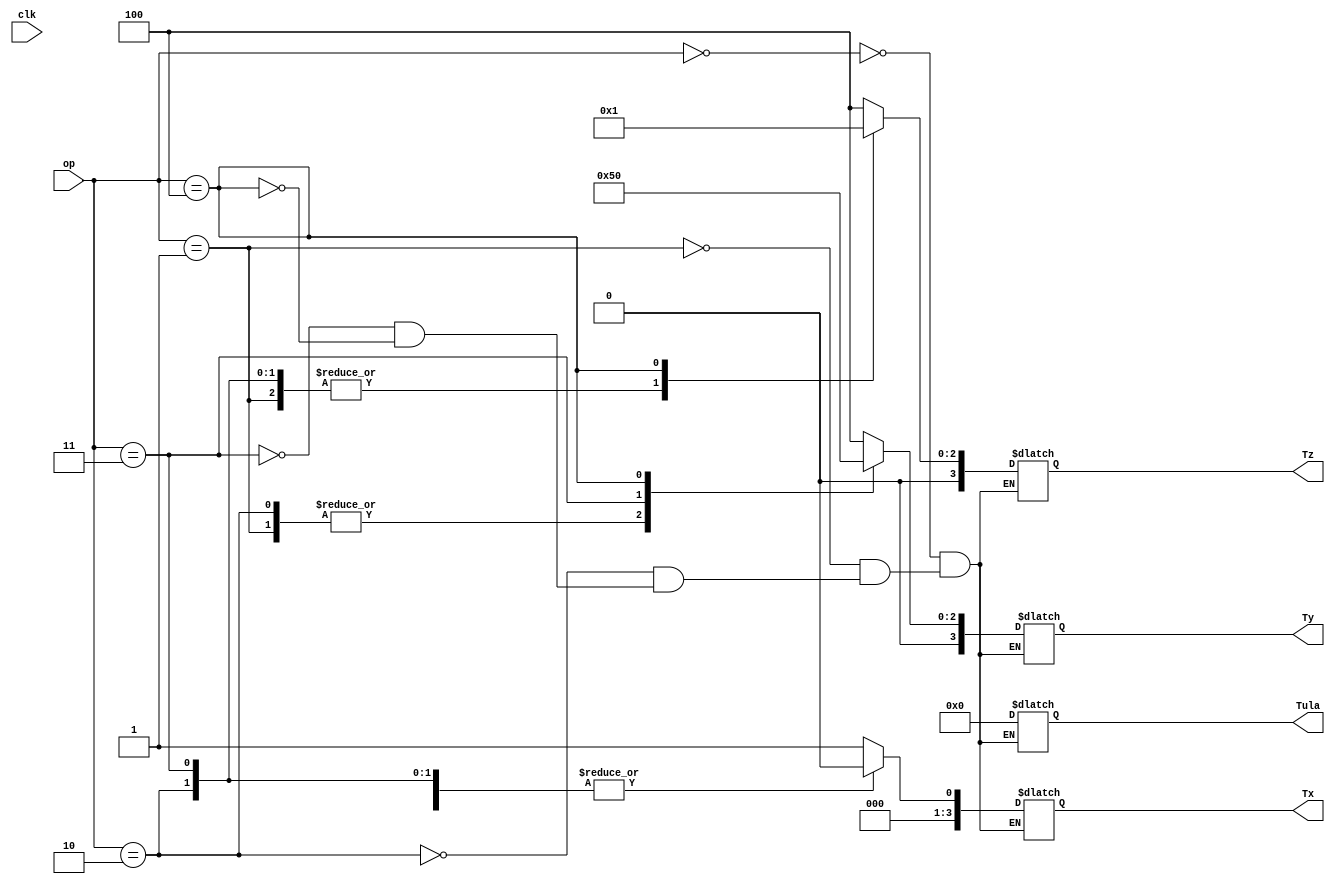
module scheduler(op, clk, Tx, Ty, Tz, Tula);

	input wire [3:0] op;
	input wire clk;
	output reg [3:0]Tx;
	output reg [3:0]Ty;
	output reg [3:0]Tz;
	output reg [3:0]Tula;

	parameter
    
	mCLEARLD = 4'b0000,
	mADDLD = 4'b0001,
	mADD = 4'b0010,
	mSHTR = 4'b0011,
	mDISP = 4'b0100,
	//registrador
	rHOLD = 4'b0000,
	rLOAD = 4'b0001,
	rSHIFTR = 4'b0010,
	rSHIFTL = 4'b0011,
	rCLEAR = 4'b0100,
	//Tula
   	uADD = 4'b0000;



	always begin 
		case(op)
		
		4'b0000:
		begin
			Tx <= 4'b0001;
			Ty <= 4'b0100;
			Tz <= 4'b0100;
			Tula <= 4'b0000;
		end
		4'b0001:
		begin
			Tx <= 4'b0001;
			Ty <= 4'b0001;
			Tz <= 4'b0000;
			Tula <= 4'b0000;
		end
		4'b0010:
		begin
			Tx <= 4'b0000;
			Ty <= 4'b0001;
			Tz <= 4'b0000;
			Tula <= 4'b0000;
		end
		4'b0011:
		begin
			Tx <= 4'b0000;
			Ty <= 4'b0010;
			Tz <= 4'b0000;
			Tula <= 4'b0000;
		end
		4'b0100:
		begin
			Tx <=4'b0000;
			Ty <=4'b0000;
			Tz <=4'b0001;
			Tula <= 4'b0000;
		end		
	endcase
	end
endmodule